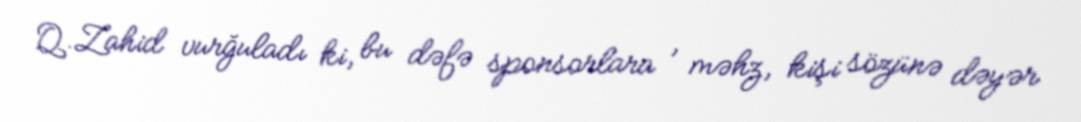
Q.Zahid vurğuladı ki, bu dəfə sponsorlara , məhz, kişi sözünə dəyər